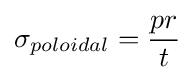
\sigma _{poloidal}={\frac {pr}{t}}